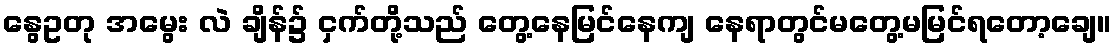
နွေဥတု အမွေး လဲ ချိန်၌ ငှက်တို့သည် တွေ့နေမြင်နေကျ နေရာတွင်မတွေ့မမြင်ရတော့ချေ။